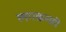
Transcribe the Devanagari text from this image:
लगक्रमही